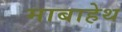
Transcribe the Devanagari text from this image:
माबाहेथ